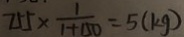
7 5 5 \times \frac { 1 } { 1 + 1 5 0 } = 5 ( k g )